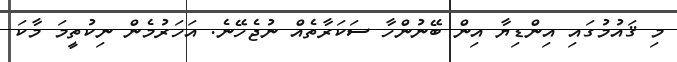
މި ޤައުމުގައި އިންޑިޔާ އިން ބޭނުންހާ ސަކަރާތެއް ނުޖެހޭނެ. އަހަރުމެން ނިކުތީމަ މާކަ